Proceedings of the meeting of veterinary officers in India
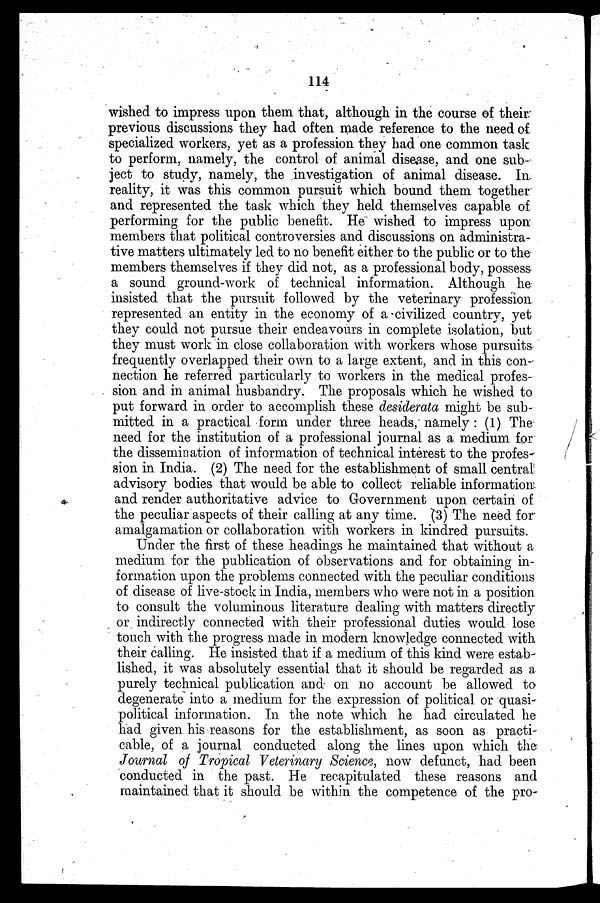
114
wished to impress upon them that, although in the course of their
previous discussions they had often made reference to the need of
specialized workers, yet as a profession they had one common task
to perform, namely, the control of animal disease, and one sub-
ject to study, namely, the investigation of animal disease. In.
reality, it was this common pursuit which bound them together
and represented the task which they held themselves capable of
performing for the public benefit. He wished to impress upon
members that political controversies and discussions on administra-
tive matters ultimately led to no benefit either to the public or to the
members themselves if they did not, as a professional body, possess
a sound ground-work of technical information. Although he
insisted that the pursuit followed by the veterinary profession
represented an entity in the economy of a civilized country, yet
they could not pursue their endeavours in complete isolation, but
they must work in close collaboration with workers whose pursuits-
frequently overlapped their own to a large extent, and in this con-
nection he referred particularly to workers in the medical profes-
sion and in animal husbandry. The proposals which he wished to
put forward in order to accomplish these desiderata might be sub-
mitted in a practical form under three heads, namely : (1) The-
need for the institution of a professional journal as a medium for
the dissemination of information of technical interest to the profes-
sion in India. (2) The need for the establishment of small central
advisory bodies that would be able to collect reliable information
and render authoritative advice to Government upon certain of
the peculiar aspects of their calling at any time. (3) The need for
amalgamation or collaboration with workers in kindred pursuits.
Under the first of these headings he maintained that without a
medium for the publication of observations and for obtaining in-
formation upon the problems connected with the peculiar conditions
of disease of live-stock in India, members who were not in a position
to consult the voluminous literature dealing with matters directly
or indirectly connected with their professional duties would lose
touch with the progress made in modern knowledge connected with
their calling. He insisted that if a medium of this kind were estab-
lished, it was absolutely essential that it should be regarded as a
purely technical publication and on no account be allowed to
degenerate into a medium for the expression of political or quasi-
political information. In the note which he had circulated he
had given his reasons for the establishment, as soon as practi-
cable, of a journal conducted along the lines upon which the
Journal of Tropical Veterinary Science, now defunct, had been
conducted in the past. He recapitulated these reasons and
maintained that it should be within the competence of the pro-